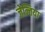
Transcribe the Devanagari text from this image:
जेन्तिया